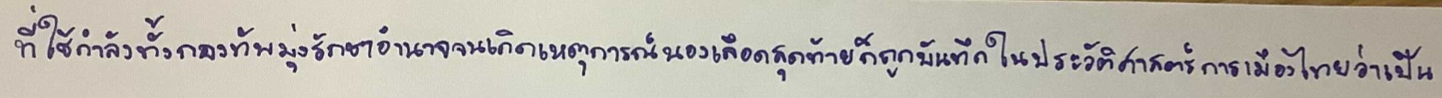
ที่ใช้กำลังทั้งกองทัพมุ่งรักษาอำนาจจนเกิดเหตุการณ์นองเลือดสุดท้ายก็ถูกบันทึกในประวัติศาสตร์การเมืองไทยว่าเป็น